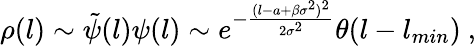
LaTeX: \rho(l)\sim\tilde{\psi}(l)\psi(l)\sim e^{-\frac{(l-a+\beta\sigma^{2})^{2}}{2\sigma^{2}}}\theta(l-l_{min})\ ,